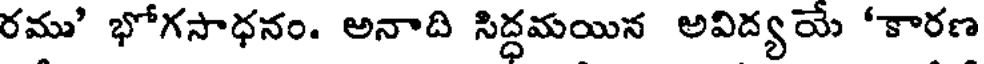
రము' భోగసాధనం. అనాది సిద్ధమయిన అవిద్యయే 'కారణ